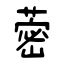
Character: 蔤